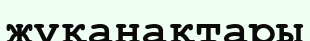
жұқанақтары